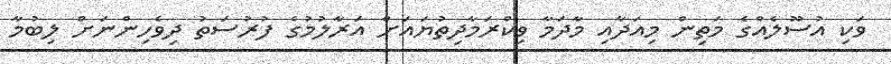
ވަކި އުސޫލެއްގެ މަތިން މިއަދާއި މާދަމާ ވިކްރަމާދިތުޔައަށް އަރާލުމުގެ ފުރުސަތު ދިވެހިންނަށް ލިބުމާ